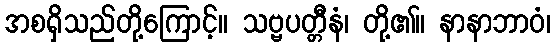
အစရှိသည်တို့ကြောင့်။ သဗ္ဗပတ္တီနံ၊ တို့၏။ နာနာဘာဝံ၊